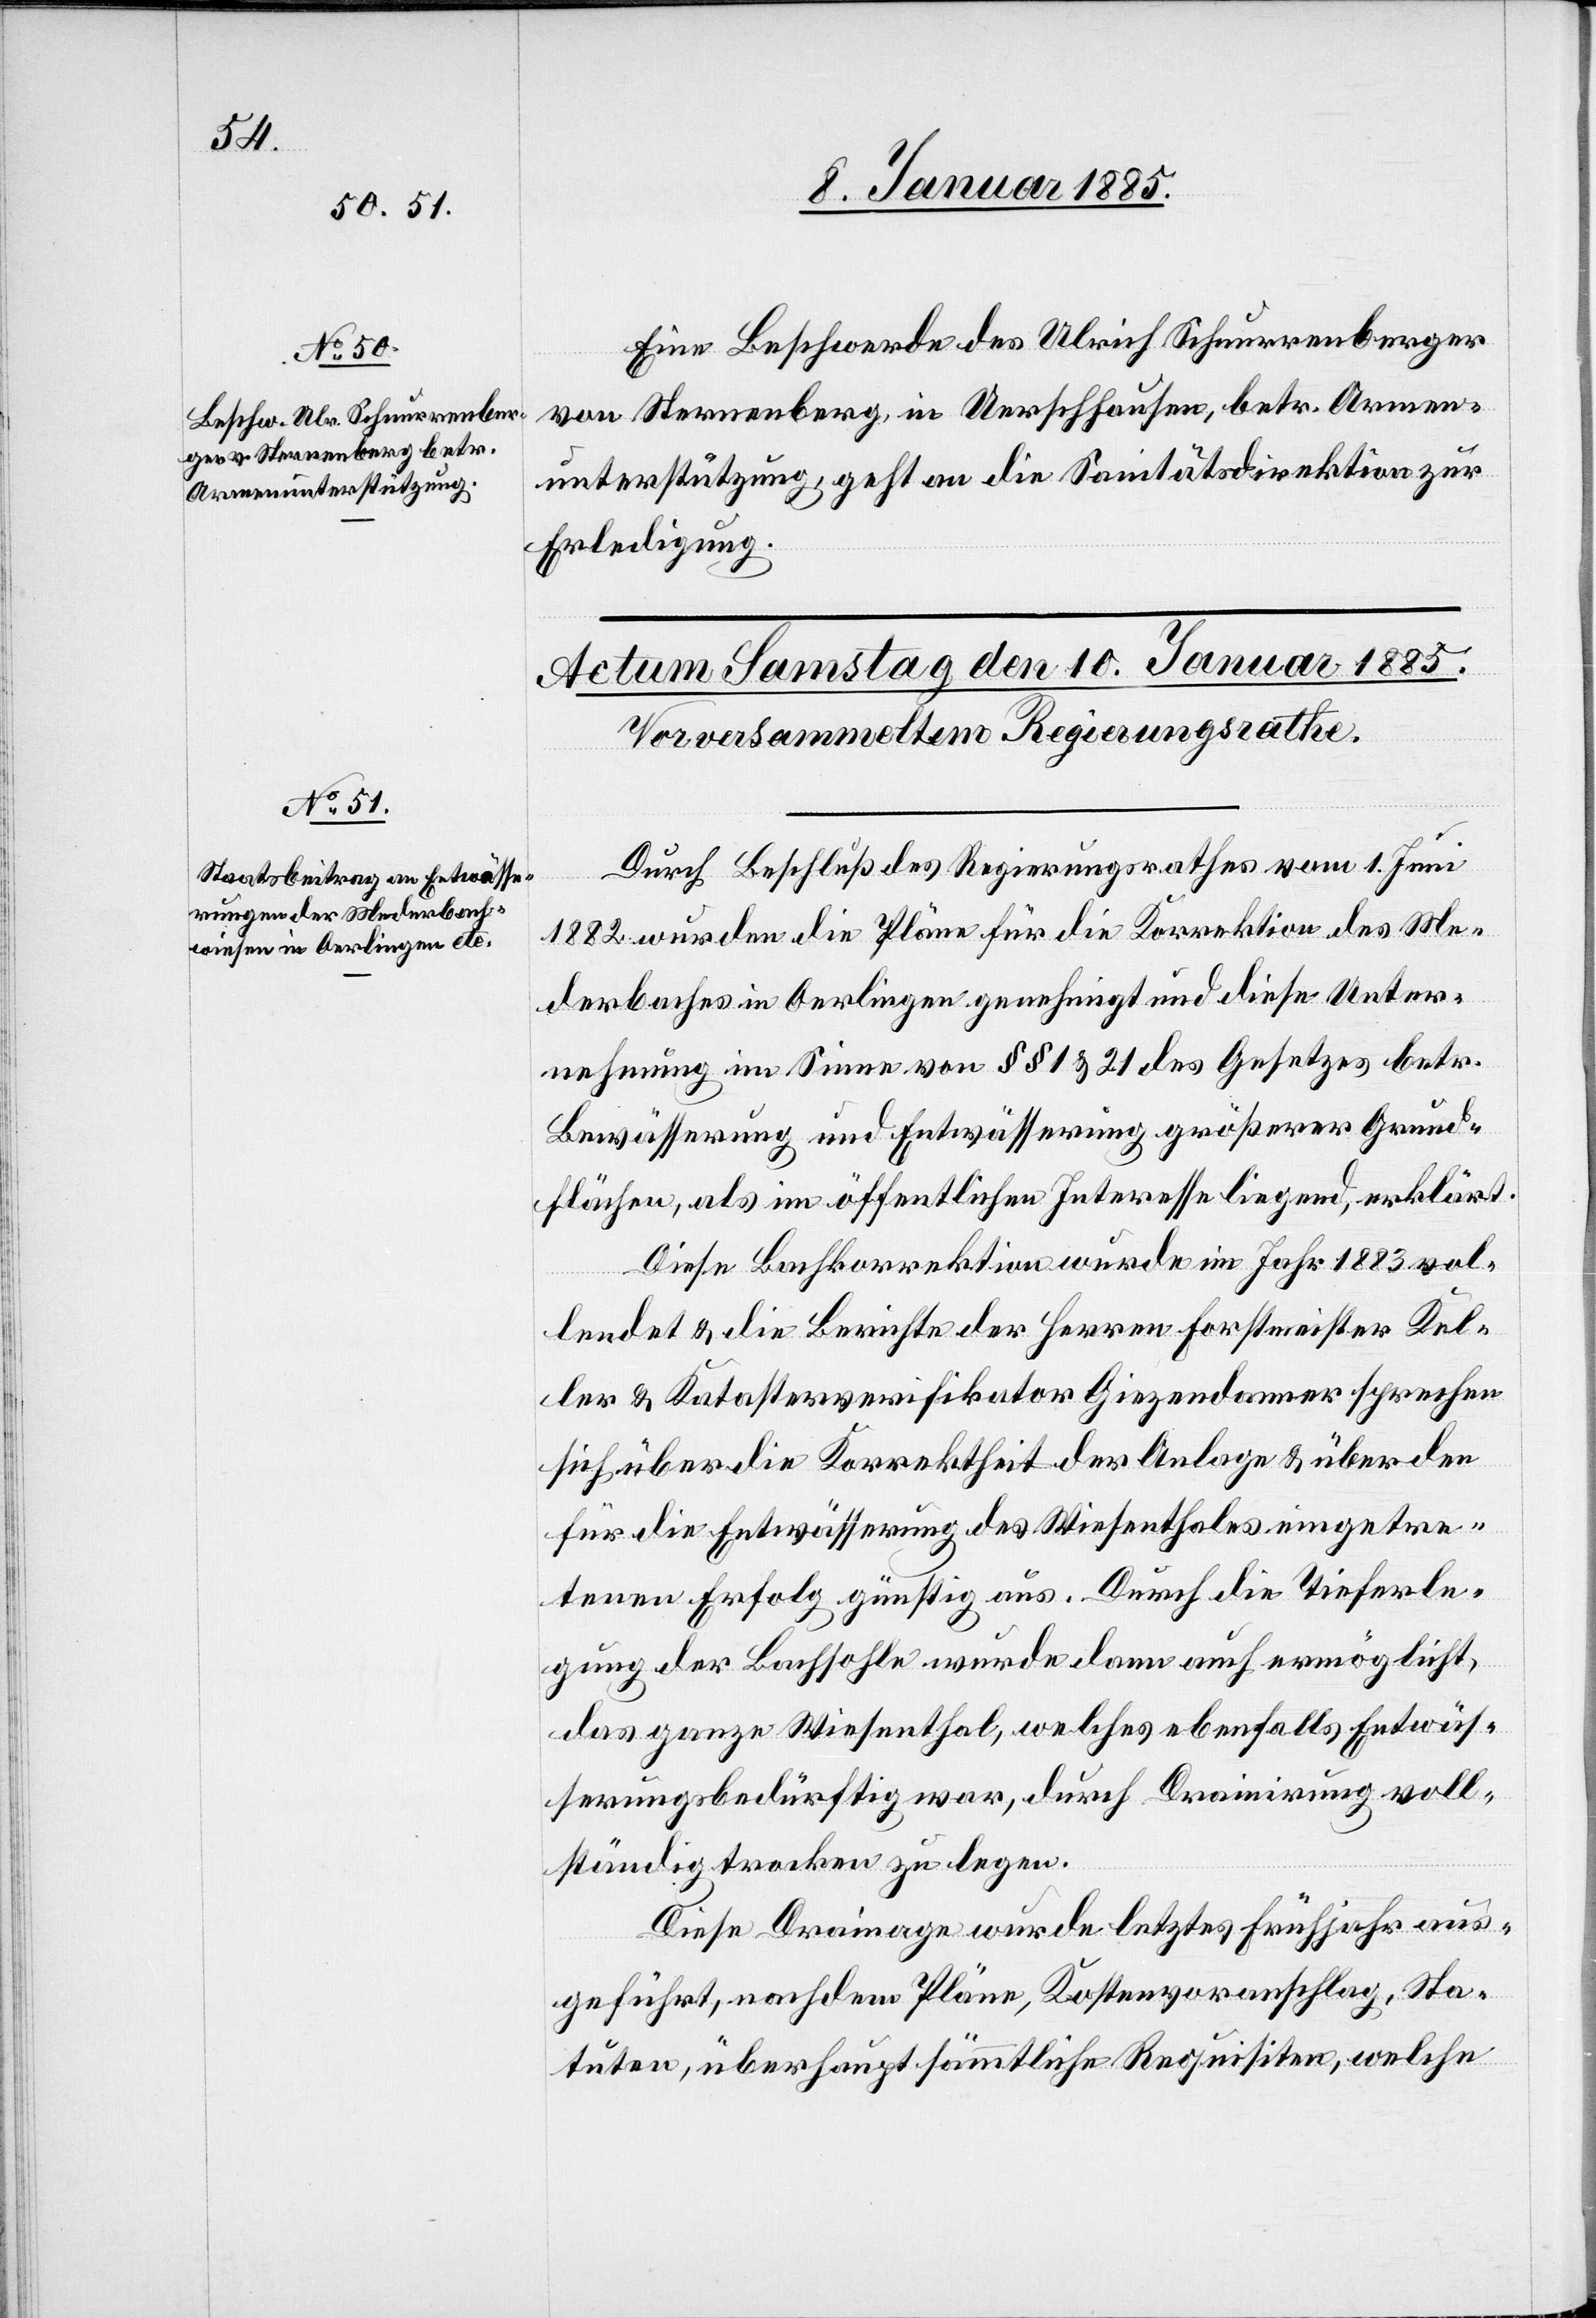
9. Januar 1885.
Eine Beschwerde des Ulrich Schnurrenberger
von Sternenberg in Uerschhausen, betr. Armen¬
unterstütung, geht an die Sanitätsdirektion zur
Erledigung.
Durch Beschluß des Regierungsrathes vom 1. Juni
1882 wurden die Pläne für die Korrektion des Me¬
derbaches in Oerlingen genehmigt und diese Unter¬
nehmung im Sinne von §§ 1 & 21 des Gesetzes betr.
Bewässerung und Entwässerung größerer Grund¬
flächen, als im öffentlichen Interesse liegend, erklärt.
Diese Bachkorrektion wurde im Jahr 1883 vol¬
lendet & die Berichte der Herren Forstmeister Kel¬
ler & Katasterverifikator Giezendanner sprechen
sich über die Korrektheit der Anlage & über den
für die Entwässerung des Wiesenthales eingetre¬
tenen Erfolg günstig aus. Durch die Tieferle¬
gung der Bachsohle wurde dann auch ermöglicht,
das ganze Wiesenthal, welches ebenfalls Entwäs¬
serungsbedürftig war, durch Drainirung voll¬
ständig trocken zu legen.
Diese Drainage wurde letztes Frühjahr aus¬
geführt, nachdem Pläne, Kostenvoranschlag, Sta¬
tuten, überhaupt sämmtliche Requisiten, welche